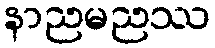
နာညမညဿ